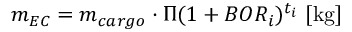
m _ { E C } = m _ { c a r g o } \cdot \Pi { ( 1 + B O R _ { i } ) ^ { t _ { i } } } \ [ \mathrm { k g } ]